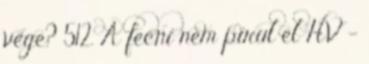
vége? 512. A fecni nem pirul el HV -